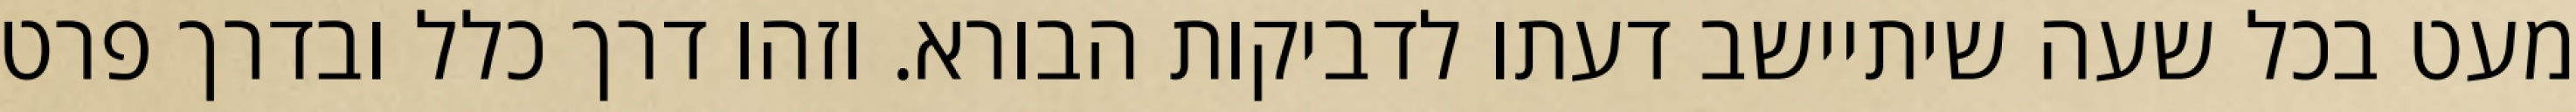
מעט בכל שעה שיתיישב דעתו לדביקות הבורא. וזהו דרך כלל ובדרך פרט